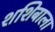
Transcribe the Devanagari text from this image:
शशिबाला